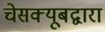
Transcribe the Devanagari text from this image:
चेसक्यूबद्वारा